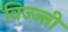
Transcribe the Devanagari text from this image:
विज्ज्ती